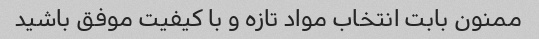
ممنون بابت انتخاب مواد تازه و با کیفیت موفق باشید